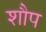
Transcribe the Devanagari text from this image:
शौप